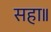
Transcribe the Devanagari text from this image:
सहा॥